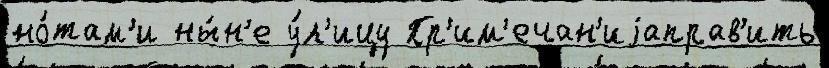
но́там'и ны́н'е у́л'ицу Пр'им'ечан'иjаправ'ить